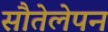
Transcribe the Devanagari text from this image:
सौतेलेपन